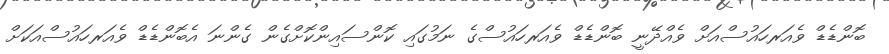
ބޮންޑެޑް ވެއަރހައުސްއަށް ވެއްދޭނީ ބޮންޑެޑް ވެއަރހައުސްގެ ނަމުގައި ކޮންސައިންކޮށްގެން ގެންނަ އެބޮންޑެޑް ވެއަރހައުސްއަކަށް